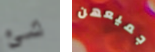
شئ جميعهن